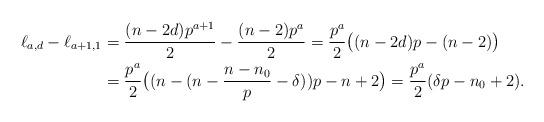
LaTeX: \begin{align*} \ell_{a,d}-\ell_{a+1,1} & = \frac{(n-2d)p^{a+1}}{2} - \frac{(n-2)p^a}{2} = \frac{p^a}{2}\big((n-2d)p - (n-2)\big) \\& = \frac{p^a}{2}\big((n-(n-\frac{n-n_0}{p} - \delta))p - n + 2\big) = \frac{p^a}{2} (\delta p - n_0 + 2).\end{align*}